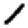
Digit: 1